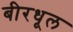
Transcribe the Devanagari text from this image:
बीरधूल